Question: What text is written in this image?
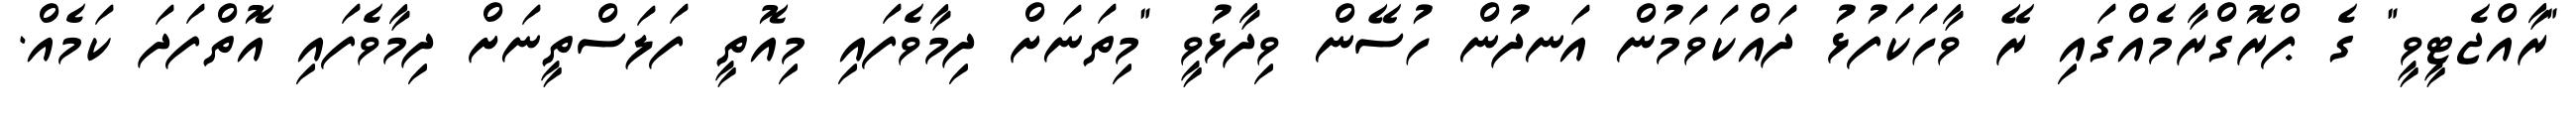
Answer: "ރާއްޖެޓީވީ" ގެ ޕްރޮގްރާމެއްގައި ރޭ ވާހަކަފުޅު ދައްކަވަމުން އަނދުން ހުސޭން ވިދާޅުވީ "މިތަނަށް ދިމާވެފައި މިއޮތީ ފަލަސްތީނަށް ދިމާވެފައި އޮތްފަދަ ކަމެއް.